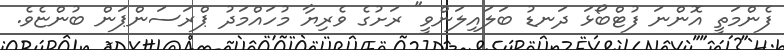
ފެންމަތީ އޮންނަ ފުޓްބޯޅަ ދަނޑު ބަލައިލަންވީ" ރަށުގެ ވެރިޔާ މުހައްމަދު ޕްރަސަންޕަން ބުންޏެވެ.